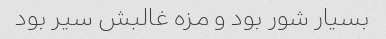
بسیار شور بود و مزه غالبش سیر بود